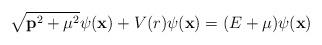
LaTeX: \begin{align*}\sqrt{{\bf p}^2 + {\mu}^2} \psi({\bf x}) + V(r) \psi({\bf x}) =(E+{\mu}) \psi({\bf x})\end{align*}